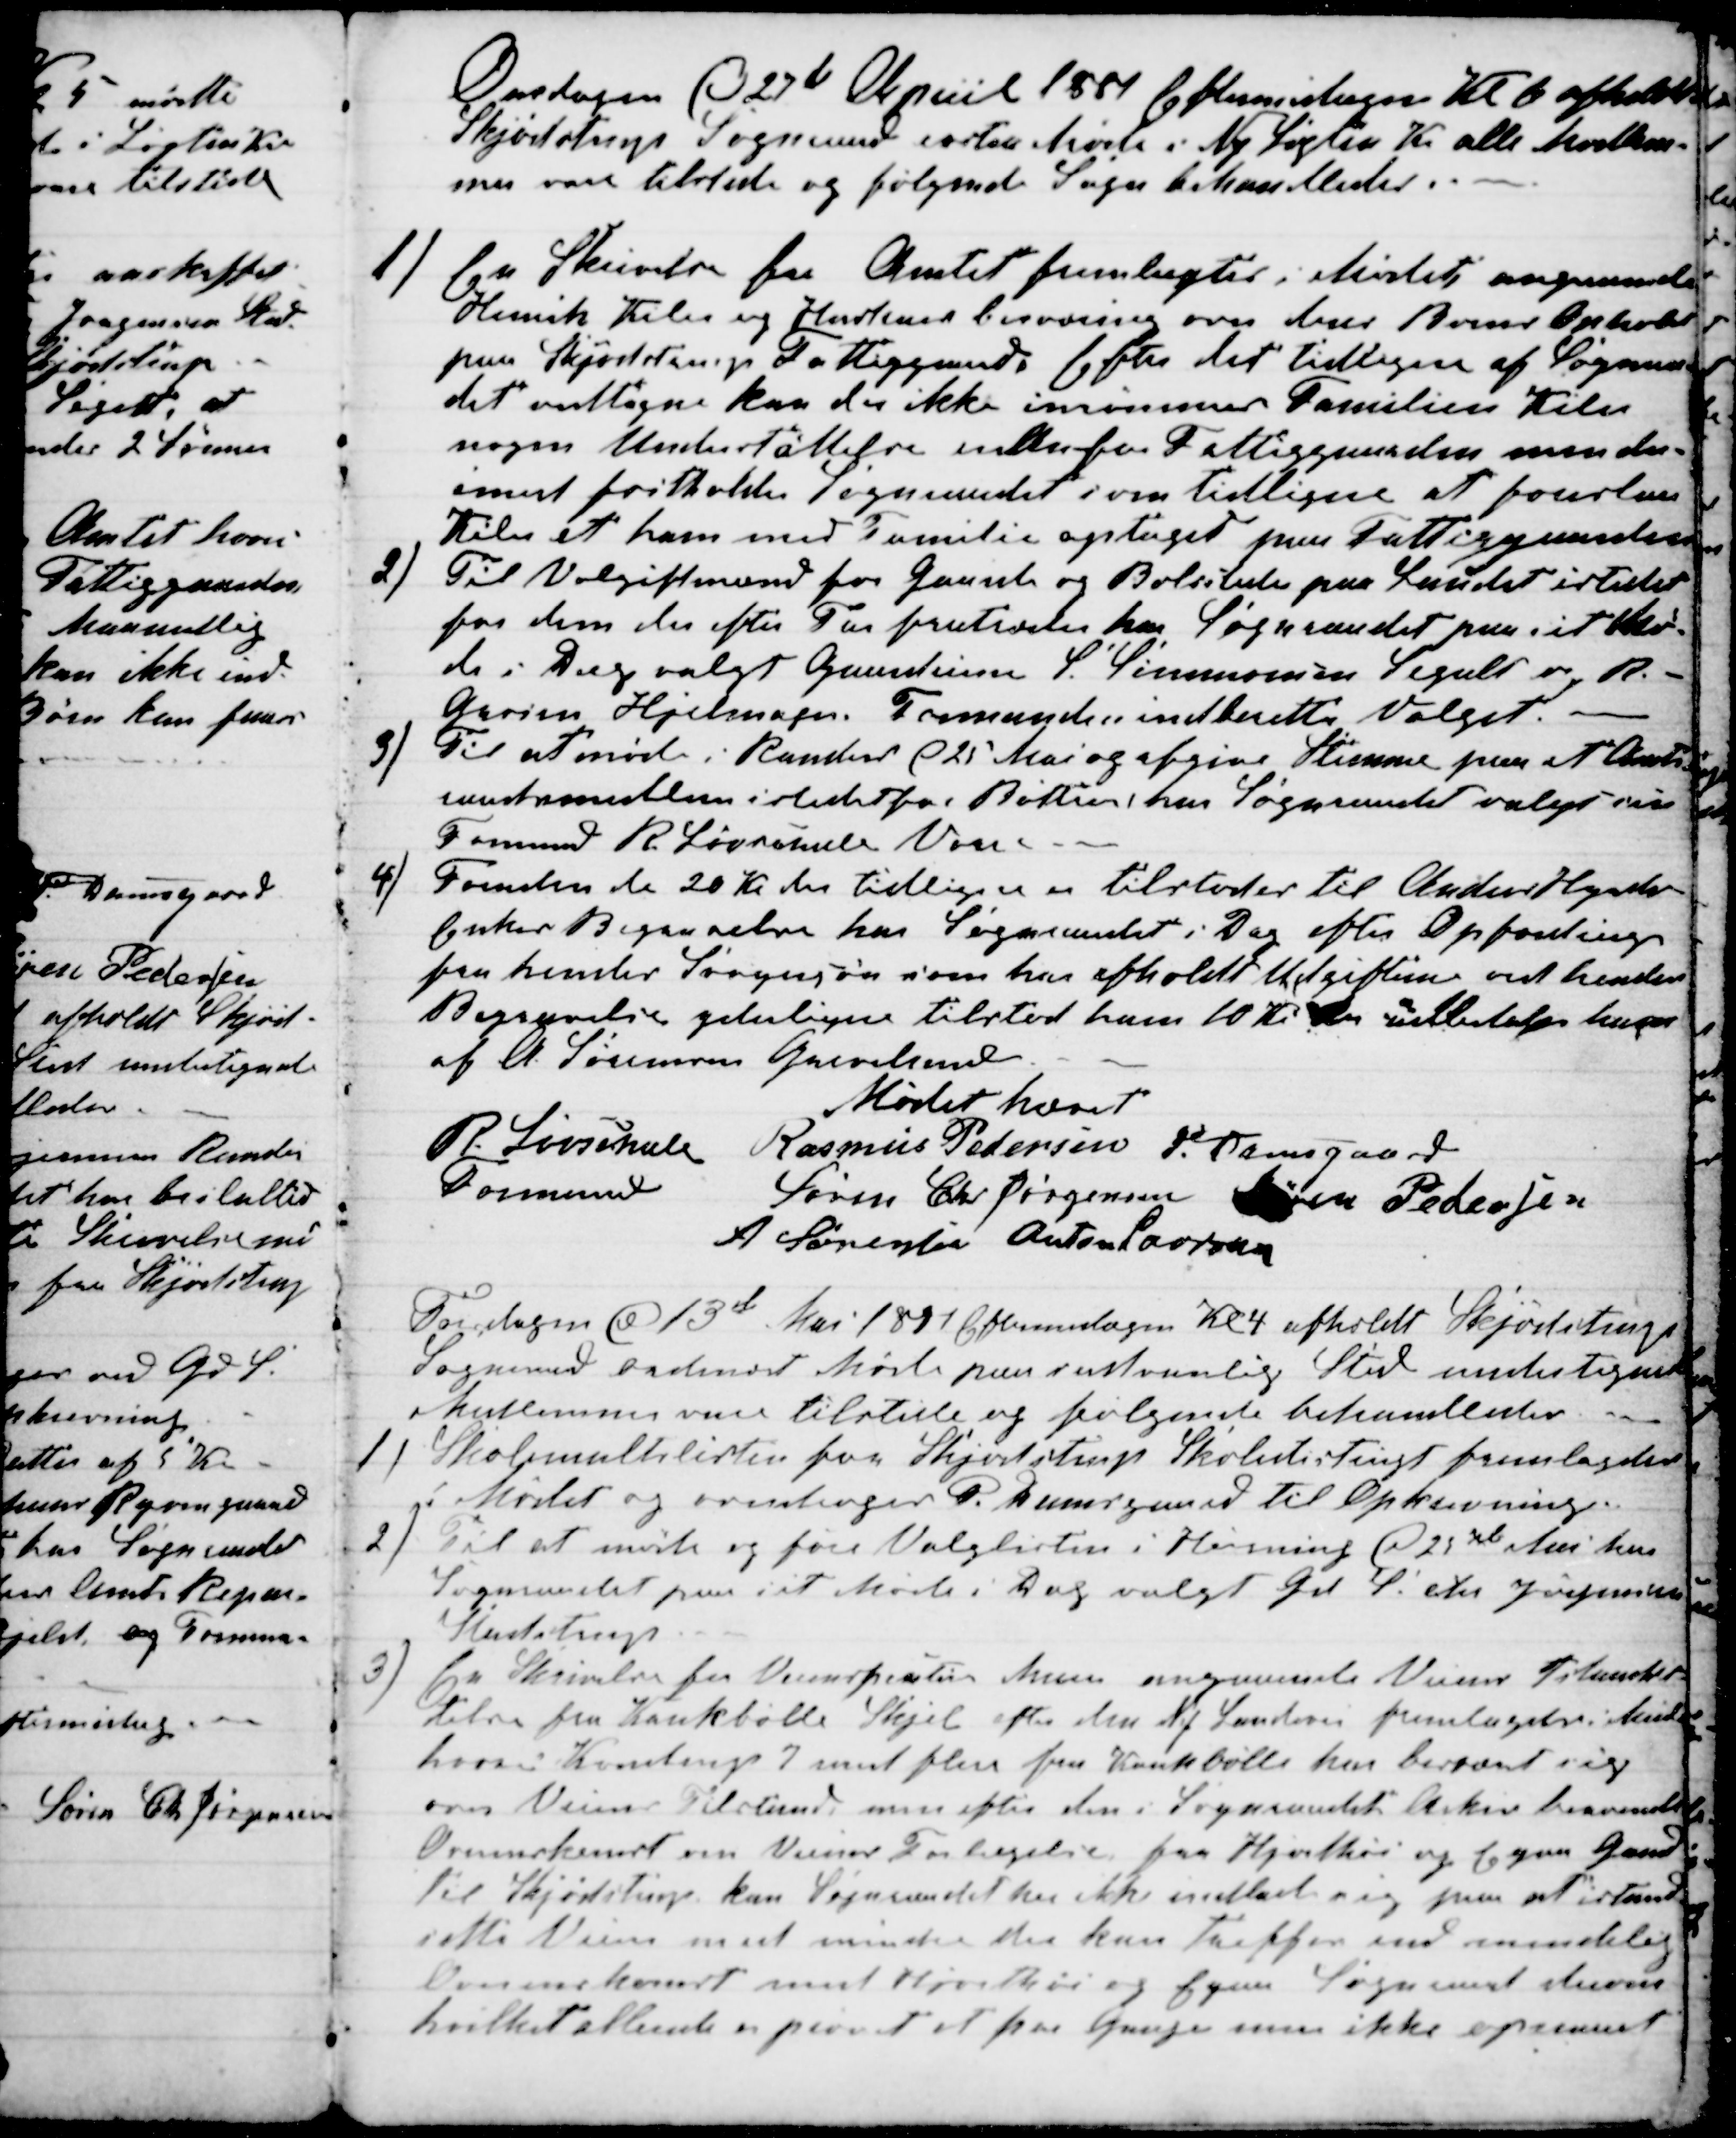
Transskription:
Onsdagen d. 27de April 1881 Eftermidagen Kl. 6 afholdte
Skjødstrup Sogneraad exstra Møde i Ny Løgten Kro alle Medlem-
mer vare tilstede og følgende Sager behandledes.
1) En Skrivelse fra Amtet fremlagtes i Mødet angaaende
Henrik Kiler og Hustrus besværing over deres Børns Ophold
paa Skjødstrup Fattiggaard. Efter det tidligere af Sogneraa-
det vedtagne kan der ikke inrømmes Familien Kiler
nogen Understøttelse udenfor Fattiggaarden men der-
imod fastholder Sogneraadet som tidligere at foreslaa
Kiler at han med Familie optages paa Fattiggaarden
2)
Til Volgiftmænd for Gaarde og Bolssteder paa Landet istedet
for dem der efter Tur fratræder har Sogneraadet paa sit Mø-
de i Dag valgt Gaardeierne S. Simmonsen Segalt og R.
Grosen Hjelmager. Formanden indberetter Valget.
3)
Til at møde i Randers d 25 Mai og afgive Stemme paa et Amts
raadsmedlem istedet for Bøttern, har Sogneraadet valgt sin
Formand R. Løvschall Vorre.
4)
Foruden de 20 Kr der tidligere er tilstodes til Anders H
Enkes Begravelse har Sogneraadet i Dag efter Opfordring
fra hendes Svigersøn som har afholdt Udgiften ved hendes
Begravelse yderligere tilstod ham 10 Kr. der udbetales ham
af A. Sørensen Grevelund
Mødet hævet
R. Løvschall
Formand
Rasmus Pedersen P. Damsgaard
Søren Chr Jørgensen Søren Pedersen
A Sørensen Anton Laursen
Torsdagen d 13de Mai 1881 Eftermidagen Kl 4 afholdt Skjødstrup
Sogneraad ordinært Møde paa sedvanlig Sted undertegnede
Medlemmer vare tilstede og følgende behandledes.
1) Skolemultslisten for Skjødstrup Skoledistrigt fremlagdes
i Mødet og overdroges P. Damsgaard til Opkrævning.
2)
Til at møde og føre Valglisten i Hørning d 23de Mai har
Sogneraadet paa sit Møde i Dag valgt Gd. S. Chr. Jørgensen
Studstrup
3)
En Skrivelse fra Veiinspektør Mun angaaende Veienes Istandset-
telse fra Kankbølle Skjel efter den ny Landevei fremlagdes i Mødet
hvori Kondrup 7 samt flere fra Kankbølle har besværet sig
over Veiens Tilstand, men efter den i Sogneraadets Arkiv bevarede
Overenskomst om Veienes Forlengelse fra Hjortshøi og Egaa Gaard
til Skjødstrup kan Sogneraadet her ikke indlade sig paa at istand-
sette Veien med mindre der kan treffes end mindelig
Overenskomst med Hjortshøi og Egaa Sogneraad derom
hvilket allerede er prøvet et par Gange men ikke opnaaet